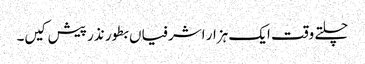
چلتے وقت ایک ہزار اشرفیاں بطور نذر پیش کیں۔